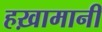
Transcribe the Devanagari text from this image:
हख़ामानी